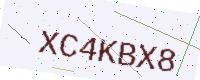
Text: XC4KBX8